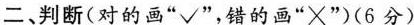
二、判断(对的画"√”，错的画"X”）(6分）